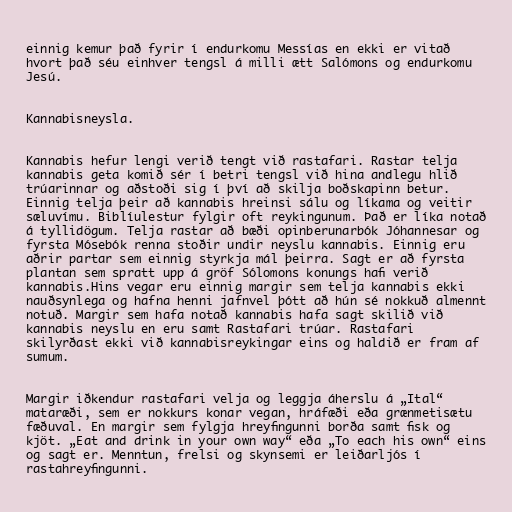
einnig kemur það fyrir í endurkomu Messías en ekki er vitað
hvort það séu einhver tengsl á milli ætt Salómons og endurkomu
Jesú.

Kannabisneysla.

Kannabis hefur lengi verið tengt við rastafari. Rastar telja
kannabis geta komið sér í betri tengsl við hina andlegu hlið
trúarinnar og aðstoði sig í því að skilja boðskapinn betur.
Einnig telja þeir að kannabis hreinsi sálu og líkama og veitir
sæluvímu. Biblíulestur fylgir oft reykingunum. Það er líka notað
á tyllidögum. Telja rastar að bæði opinberunarbók Jóhannesar og
fyrsta Mósebók renna stoðir undir neyslu kannabis. Einnig eru
aðrir partar sem einnig styrkja mál þeirra. Sagt er að fyrsta
plantan sem spratt upp á gröf Sólomons konungs hafi verið
kannabis.Hins vegar eru einnig margir sem telja kannabis ekki
nauðsynlega og hafna henni jafnvel þótt að hún sé nokkuð almennt
notuð. Margir sem hafa notað kannabis hafa sagt skilið við
kannabis neyslu en eru samt Rastafari trúar. Rastafari
skilyrðast ekki við kannabisreykingar eins og haldið er fram af
sumum.

Margir iðkendur rastafari velja og leggja áherslu á „Ital“
mataræði, sem er nokkurs konar vegan, hráfæði eða grænmetisætu
fæðuval. En margir sem fylgja hreyfingunni borða samt fisk og
kjöt. „Eat and drink in your own way“ eða „To each his own“ eins
og sagt er. Menntun, frelsi og skynsemi er leiðarljós í
rastahreyfingunni.